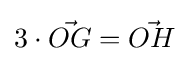
3\cdot {\vec {OG}}={\vec {OH}}